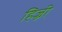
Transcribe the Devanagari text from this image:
हिज्री़